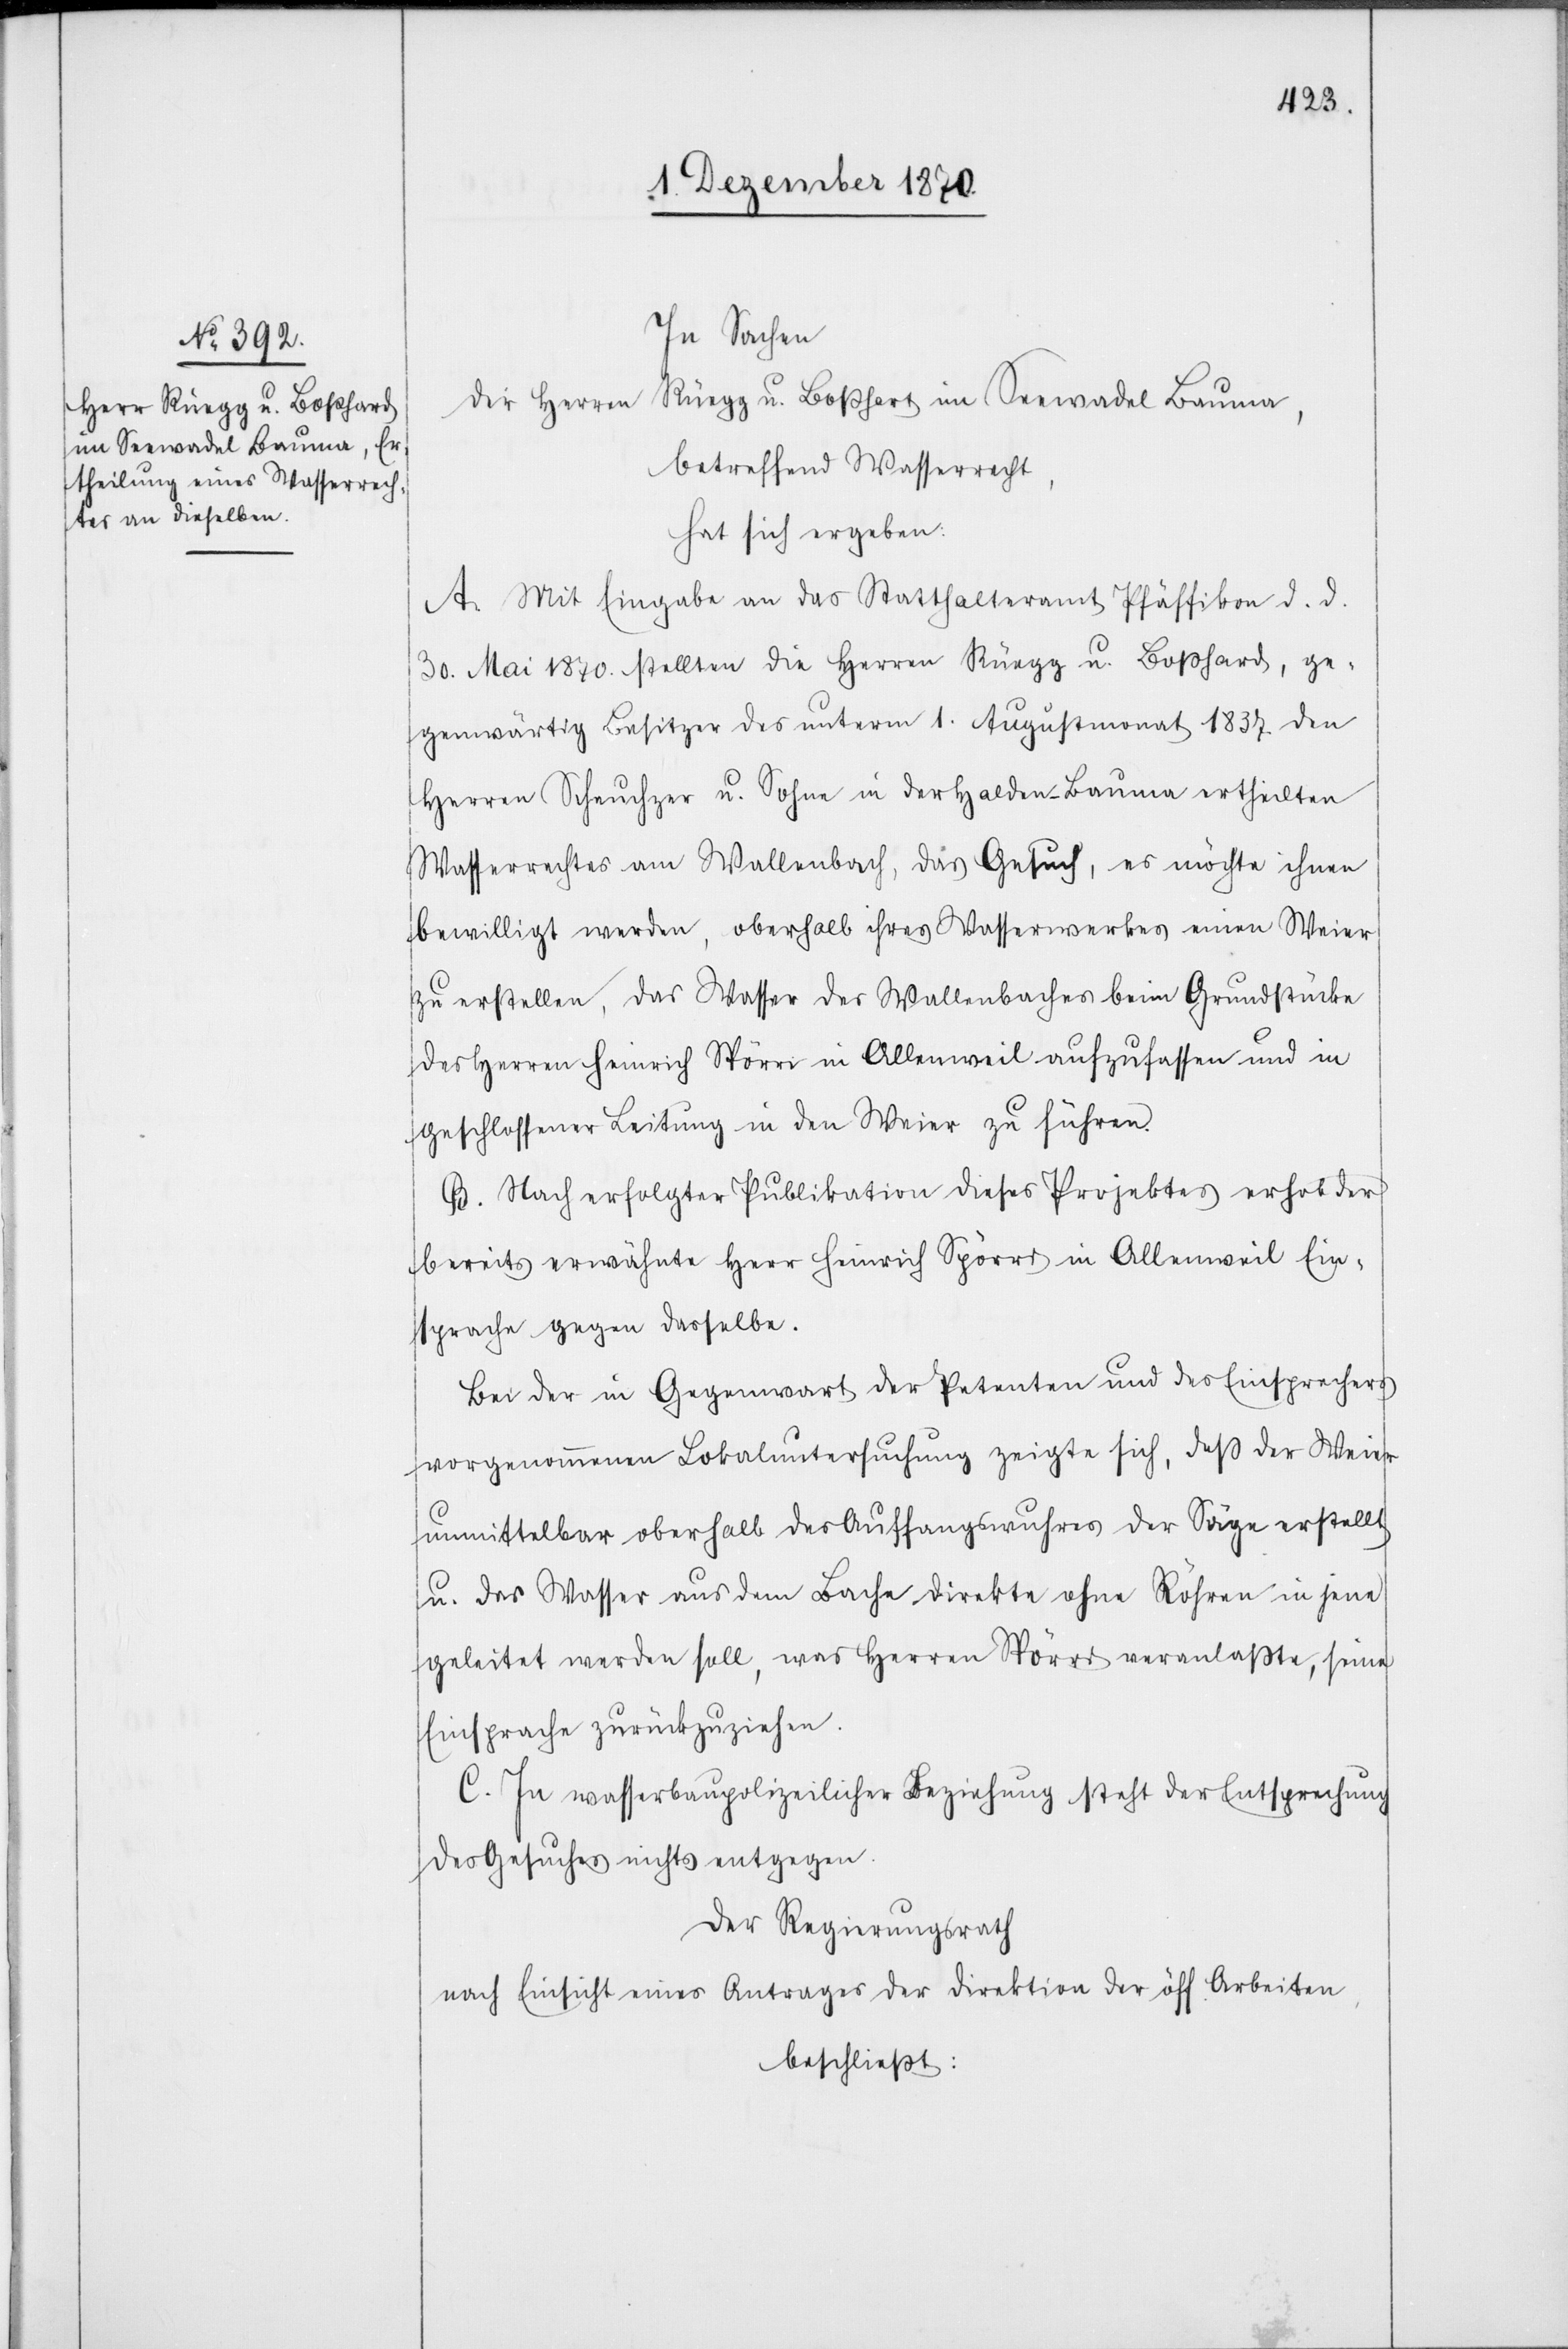
Herren Rüegg u. Boßhart
im Seewadel Bauma,

In Sachen
betreffend Wasserrecht,
hat sich ergeben:
A. Mit Eingabe an das Statthalteramt Pfäffikon d. d.
30. Mai 1870. stellten die Herren Rüegg u. Boßhard, ge¬
genwärtig Besitzer des unterm 1. Augustmonat 1837. den
Herren Scheuchzer u. Sohne in der Halden - Bauma ertheilten
Wasserrechtes am Wallenbach, das Gesuch, es möchte ihnen
bewilligt werden, oberhalb ihres Wasserwerkes einen Weier
zu erstellen, das Wasser des Wallenbaches beim Grundstücke
des Herren Heinrich Spörri in Allenweil aufzufassen und in
geschlossener Leitung in den Weier zu führen.
B. Nach erfolgter Publikation dieses Projektes erhob der
bereits erwähnte Herr Heinrich Spörri in Allenweil Ein¬
sprache gegen dasselbe.
Bei der in Gegenwart der Petenten und des Einsprechers
vorgenommenen Lokaluntersuchung zeigte sich, daß der Weier
unmittelbar oberhalb des Auffangswuhres der Säge erstellt
u. das Wasser aus dem Bache direkte ohne Röhren in jene
geleitet werden soll, was Herren Spörri veranlaßte, seine
Einsprache zurückzuziehen.
C. In wasserbaupolizeilicher Beziehung steht der Entsprechung
des Gesuches nichts entgegen.
Der Regierungsrath
nach Einsicht eines Antrages der Direktion der öff. Arbeiten,
beschließt: